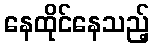
နေထိုင်နေသည့်